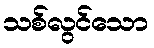
သစ်လွင်သော